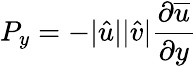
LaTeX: P_{y}=-|\hat{u}||\hat{v}|\frac{\partial{\overline{{u}}}}{\partial y}